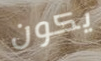
يكون